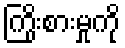
ကြိုးစားမှုကို